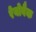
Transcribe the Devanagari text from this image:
रेयोवैक